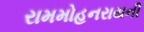
રામમોહનરાયની